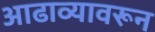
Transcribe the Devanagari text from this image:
आढाव्यावरून